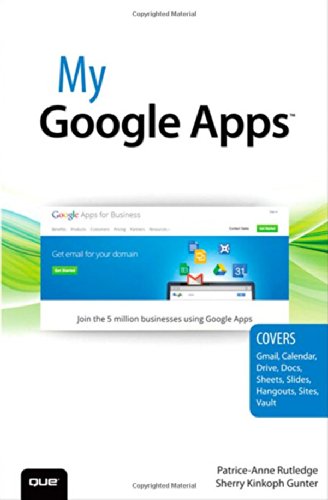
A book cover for My Google Apps; Patrice-Anne Rutledge; Computers & Technology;